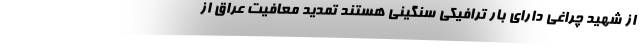
از شهید چراغی دارای بار ترافیکی سنگینی هستند تمدید معافیت عراق از